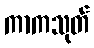
ကာကသုတ်